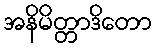
အနိမိတ္တာဒိတော